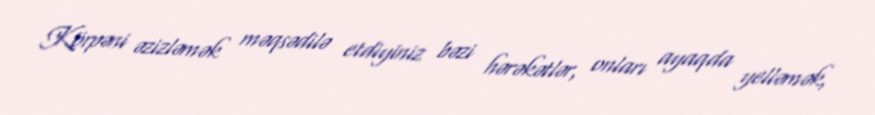
Körpəni əzizləmək məqsədilə etdiyiniz bəzi hərəkətlər, onları ayaqda yelləmək,